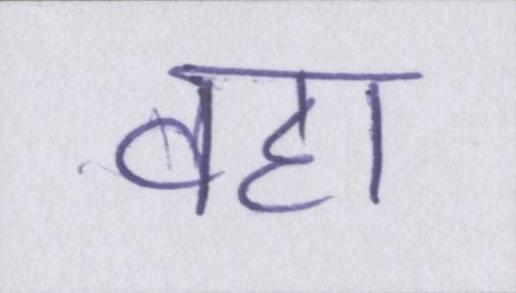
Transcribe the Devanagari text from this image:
वहां